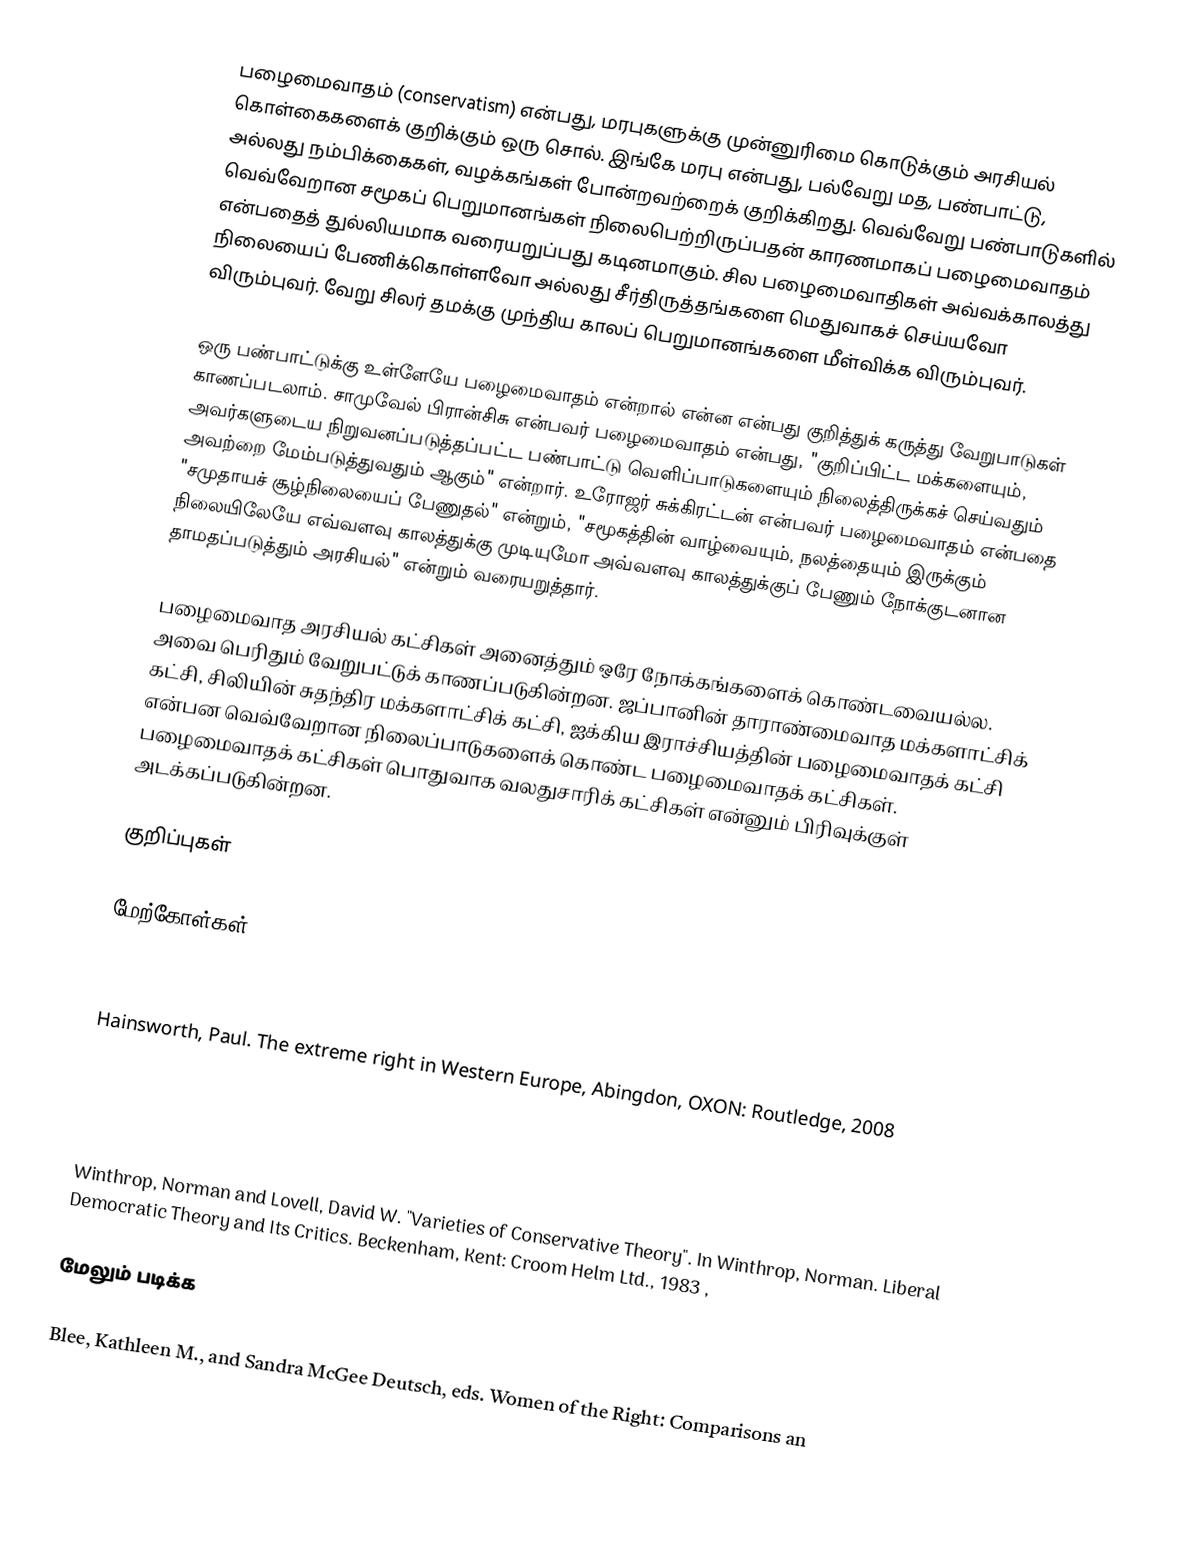
பழைமைவாதம் (conservatism) என்பது, மரபுகளுக்கு முன்னுரிமை கொடுக்கும் அரசியல் கொள்கைகளைக் குறிக்கும் ஒரு சொல். இங்கே மரபு என்பது, பல்வேறு மத, பண்பாட்டு, அல்லது நம்பிக்கைகள், வழக்கங்கள் போன்றவற்றைக் குறிக்கிறது. வெவ்வேறு பண்பாடுகளில் வெவ்வேறான சமூகப் பெறுமானங்கள் நிலைபெற்றிருப்பதன் காரணமாகப் பழைமைவாதம் என்பதைத் துல்லியமாக வரையறுப்பது கடினமாகும். சில பழைமைவாதிகள் அவ்வக்காலத்து நிலையைப் பேணிக்கொள்ளவோ அல்லது சீர்திருத்தங்களை மெதுவாகச் செய்யவோ விரும்புவர். வேறு சிலர் தமக்கு முந்திய காலப் பெறுமானங்களை மீள்விக்க விரும்புவர்.

ஒரு பண்பாட்டுக்கு உள்ளேயே பழைமைவாதம் என்றால் என்ன என்பது குறித்துக் கருத்து வேறுபாடுகள் காணப்படலாம். சாமுவேல் பிரான்சிசு என்பவர் பழைமைவாதம் என்பது, "குறிப்பிட்ட மக்களையும், அவர்களுடைய நிறுவனப்படுத்தப்பட்ட பண்பாட்டு வெளிப்பாடுகளையும் நிலைத்திருக்கச் செய்வதும் அவற்றை மேம்படுத்துவதும் ஆகும்" என்றார். உரோஜர் சுக்கிரட்டன் என்பவர் பழைமைவாதம் என்பதை "சமுதாயச் சூழ்நிலையைப் பேணுதல்" என்றும், "சமூகத்தின் வாழ்வையும், நலத்தையும் இருக்கும் நிலையிலேயே எவ்வளவு காலத்துக்கு முடியுமோ அவ்வளவு காலத்துக்குப் பேணும் நோக்குடனான தாமதப்படுத்தும் அரசியல்" என்றும் வரையறுத்தார்.

பழைமைவாத அரசியல் கட்சிகள் அனைத்தும் ஒரே நோக்கங்களைக் கொண்டவையல்ல. அவை பெரிதும் வேறுபட்டுக் காணப்படுகின்றன. ஜப்பானின் தாராண்மைவாத மக்களாட்சிக் கட்சி, சிலியின் சுதந்திர மக்களாட்சிக் கட்சி, ஐக்கிய இராச்சியத்தின் பழைமைவாதக் கட்சி என்பன வெவ்வேறான நிலைப்பாடுகளைக் கொண்ட பழைமைவாதக் கட்சிகள். பழைமைவாதக் கட்சிகள் பொதுவாக வலதுசாரிக் கட்சிகள் என்னும் பிரிவுக்குள் அடக்கப்படுகின்றன.

குறிப்புகள்

மேற்கோள்கள்

 Hainsworth, Paul. The extreme right in Western Europe, Abingdon, OXON: Routledge, 2008

 Osterling, Jorge P. Democracy in Colombia: Clientelist Politics and Guerrilla Warfare. New Brunswick, NJ: Transaction Publishers, 1989 ,
 Winthrop, Norman and Lovell, David W. "Varieties of Conservative Theory". In Winthrop, Norman. Liberal Democratic Theory and Its Critics. Beckenham, Kent: Croom Helm Ltd., 1983 ,

மேலும் படிக்க

 Blee, Kathleen M., and Sandra McGee Deutsch, eds. Women of the Right: Comparisons an